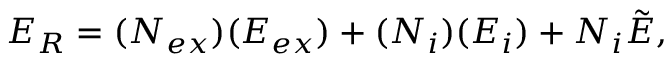
{ E _ { R } } = ( N _ { e x } ) ( E _ { e x } ) + ( N _ { i } ) ( E _ { i } ) + N _ { i } \tilde { E } ,